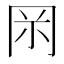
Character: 𠕚